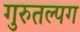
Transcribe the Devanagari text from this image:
गुरुतल्पग